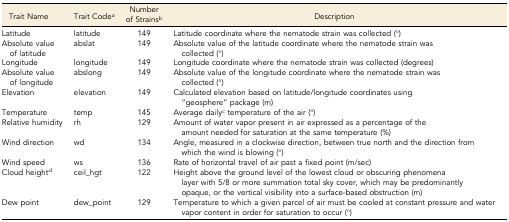
<table><thead><tr><td><b>Trait Name</b></td><td><b>Trait Code<i><sup>a</sup></i></b></td><td><b>Number of Strains<i><sup>b</sup></i></b></td><td><b>Description</b></td></tr></thead><tbody><tr><td>Latitude</td><td>latitude</td><td>149</td><td>Latitude coordinate where the nematode strain was collected (°)</td></tr><tr><td>Absolute value of latitude</td><td>abslat</td><td>149</td><td>Absolute value of the latitude coordinate where the nematode strain was collected (°)</td></tr><tr><td>Longitude</td><td>longitude</td><td>149</td><td>Longitude coordinate where the nematode strain was collected (degrees)</td></tr><tr><td>Absolute value of longitude</td><td>abslong</td><td>149</td><td>Absolute value of the longitude coordinate where the nematode strain was collected (°)</td></tr><tr><td>Elevation</td><td>elevation</td><td>149</td><td>Calculated elevation based on latitude/longitude coordinates using “geosphere” package (m)</td></tr><tr><td>Temperature</td><td>temp</td><td>145</td><td>Average daily<i><sup>c</sup></i> temperature of the air (°)</td></tr><tr><td>Relative humidity</td><td>rh</td><td>129</td><td>Amount of water vapor present in air expressed as a percentage of the amount needed for saturation at the same temperature (%)</td></tr><tr><td>Wind direction</td><td>wd</td><td>134</td><td>Angle, measured in a clockwise direction, between true north and the direction from which the wind is blowing (°)</td></tr><tr><td>Wind speed</td><td>ws</td><td>136</td><td>Rate of horizontal travel of air past a fixed point (m/sec)</td></tr><tr><td>Cloud height<i><sup>d</sup></i></td><td>ceil_hgt</td><td>122</td><td>Height above the ground level of the lowest cloud or obscuring phenomena layer with 5/8 or more summation total sky cover, which may be predominantly opaque, or the vertical visibility into a surface-based obstruction (m)</td></tr><tr><td>Dew point</td><td>dew_point</td><td>129</td><td>Temperature to which a given parcel of air must be cooled at constant pressure and water vapor content in order for saturation to occur (°)</td></tr></tbody></table>